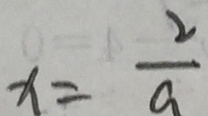
x = \frac { 2 } { a }